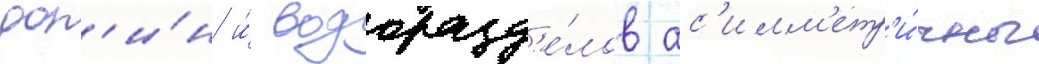
дол'и́н и́ водоразд'е́лов ас'имм'етр'и́чны